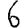
Digit: 6